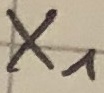
Text: X1